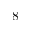
8